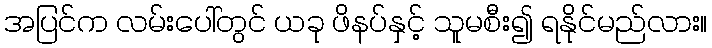
အပြင်က လမ်းပေါ်တွင် ယခု ဖိနပ်နှင့် သူမစီး၍ ရနိုင်မည်လား။